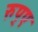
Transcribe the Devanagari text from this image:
रुप्ए